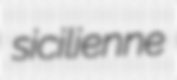
sicilienne